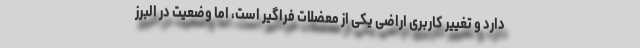
دارد و تغییر کاربری اراضی یکی از معضلات فراگیر است، اما وضعیت در البرز